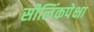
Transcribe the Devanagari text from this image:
सीलिंकपेक्षा